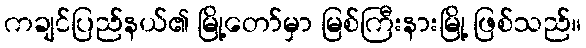
ကချင်ပြည်နယ်၏ မြို့တော်မှာ မြစ်ကြီးနားမြို့ ဖြစ်သည်။